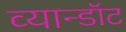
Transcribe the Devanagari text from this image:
व्यान्डॉट